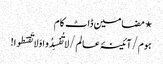
⋆ مضامین ڈاٹ کام
ہوم/آئینۂ عالم/لا تُفسِدُو ا وَلا تَقنطوا!